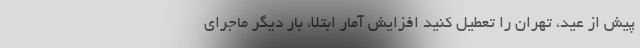
پیش از عید، تهران را تعطیل کنید افزایش آمار ابتلا، بار دیگر ماجرای